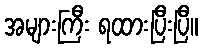
အများကြီး ရထားပြီးပြီ။